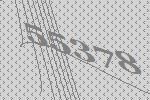
55378